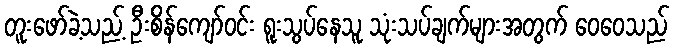
တူးဖော်ခဲ့သည့် ဦးစိန်ကျော်ဝင်း ရူးသွပ်နေသူ သုံးသပ်ချက်များအတွက် ဝေဝေသည်